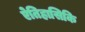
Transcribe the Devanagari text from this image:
ऐतिहासिकि